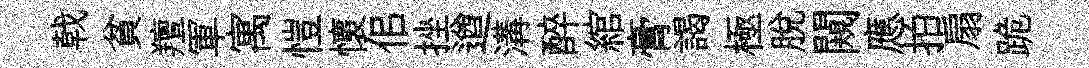
戟貧羶軍寓愷懷佀挫遒溝醉綰膏謁極脫闚應拍扇跪